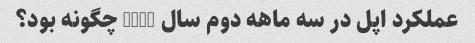
عملکرد اپل در سه ماهه دوم سال 2020 چگونه بود؟